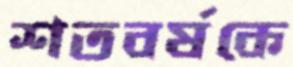
শতবর্ষকে